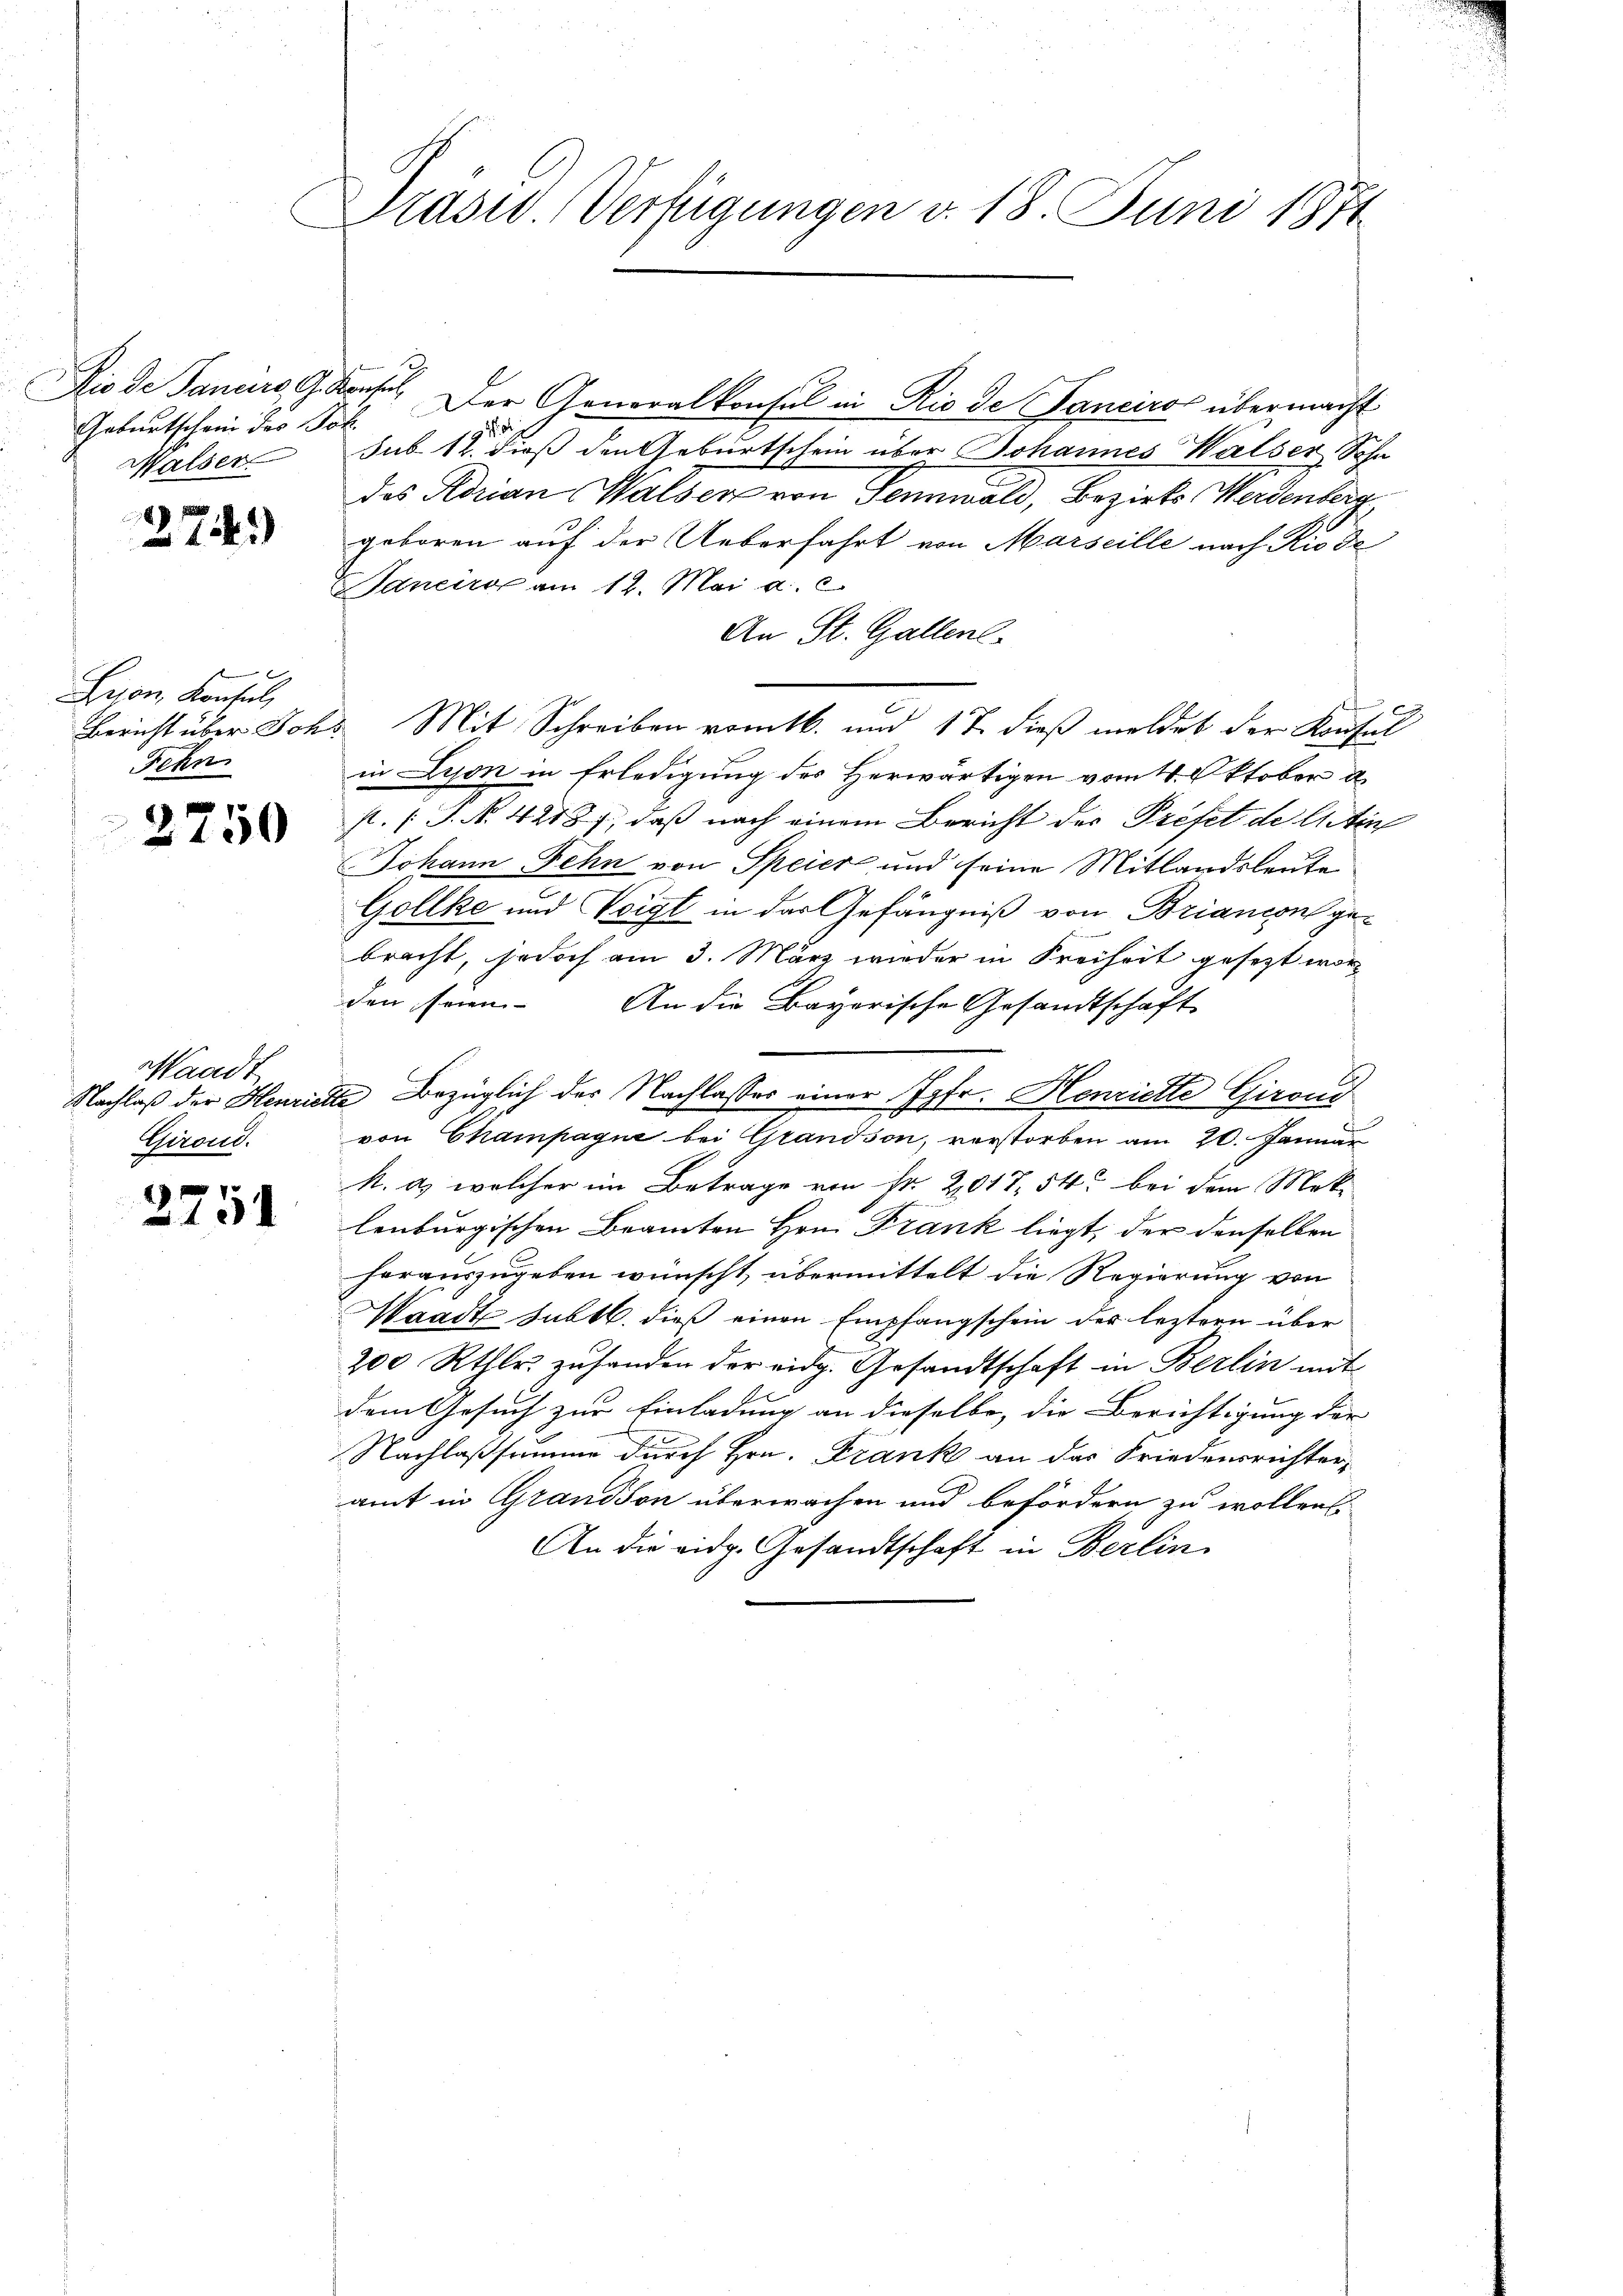
Geburtschein des Joh.
Malser

8
 124.)

Lion, Konsul,
Fehn

2750

Waadt
Girond.

1
2131

Präsid. Verfügungen v. 18. Juni 1871

2
Rio de Janers Konseil. Der Generalkonsul in Rio de Tanciros übermacht

sub. 12. dieß den Geburtschein über Johannes Walser Sohn
des Adrian Walser von Sennwald, Bezirks-Werdenberg
geboren auf der Ueberfahrt von Marseille nach Rio de
Sdneiro am 12. Mai a. c.
An St. Gallenl
x
Bericht über Johs. Mit Schreiben vom 16. und 17 dieß meldet der Kontal
in Lyon in Erledigung des Herwärtigen vom 4. Oktober d.
st. (T. N. 4218), daß nach einem Bericht der Préfet de letin
Johann Fehn von Speier und seine Mitlandsleute
Gollke und Voigt in das Gefängniß von Briancon gebracht, jedoch am 3. März wieder in Freiheit gesezt worden seien. An die Bayerische Gesandtschaft
Nachlaß der Henriette Bezüglich der Nachlasses einer Jgfr. Henriette Girond
von Champagne bei Grandson, verstorben am 20. Januar
N. a) welcher im Betrage von Nr. 201754 bei dem Mek-
lenburgischen Beamten Hrn. Frank liegt, der denselben
herauszugeben wünscht, übermittelt die Regierung von
Waadt subt. dieß einen Empfangschein des leztern über
200 Rthlr. zŭ handen der eidg. Gesandtschaft in Berlin mit
dem Gesuch zur Einladung an dieselbe, die Berichtigung der |
Nachlaßsamme durch Hrn. Frank an das Friedensrichter,
amt in Grandson überwachen und befördern zu wollen.
An die eidg. Gesandtschaft in Berlin